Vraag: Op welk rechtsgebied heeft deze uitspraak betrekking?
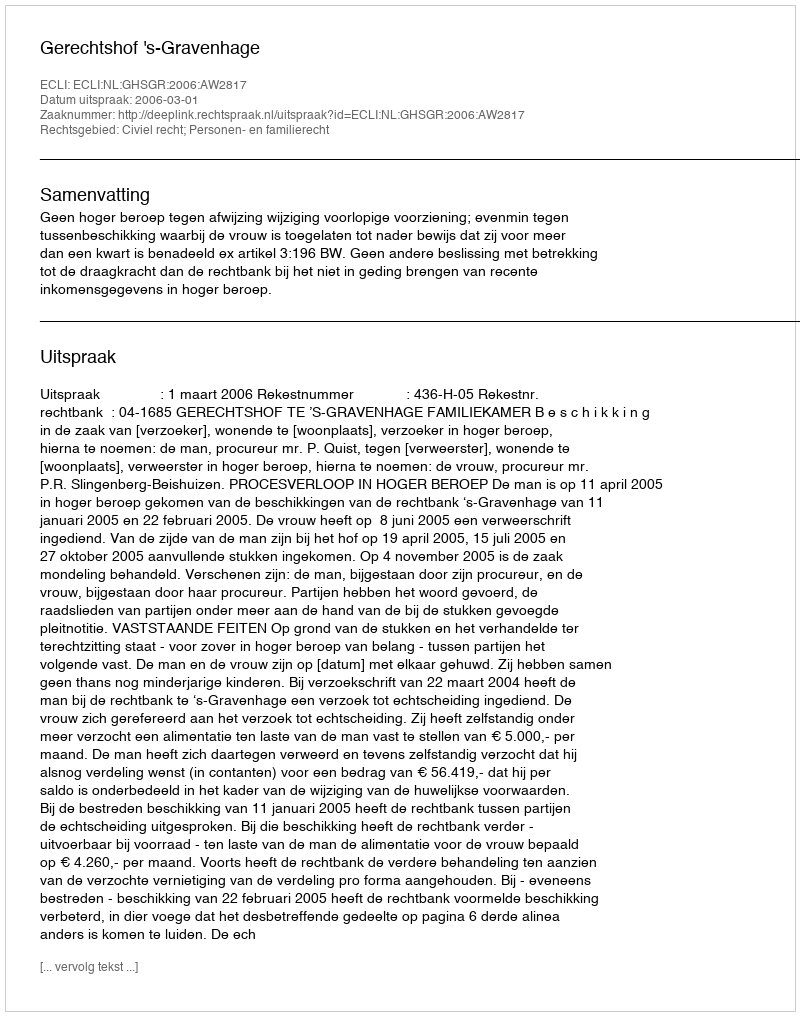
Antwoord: Civiel recht; Personen- en familierecht